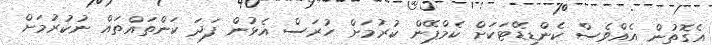
އެގޮތުން އެއްވެސް ކެންޑިޑޭޓަކަށް ކެމްޕޭން ކުުރުމަށް ހުރަސް އެޅުން ފަދަ ކަންތައްތައް ނުކުރުމަށް